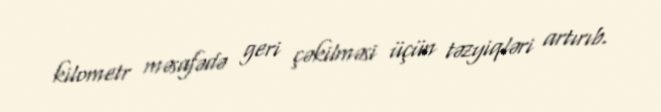
kilometr məsafədə geri çəkilməsi üçün təzyiqləri artırıb.